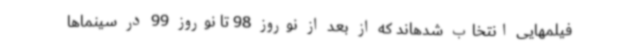
فیلمهایی انتخاب شدهاند که از بعد از نوروز 98 تا نوروز 99 در سینماها